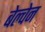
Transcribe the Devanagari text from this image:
बेल्चेन